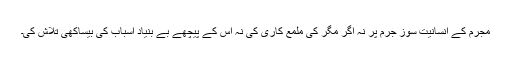
مجرم کے انسانیت سوز جرم پر نہ اگر مگر کی ملمع کاری کی نہ اس کے پیچھے بے بنیاد اسباب کی بیساکھی تلاش کی۔